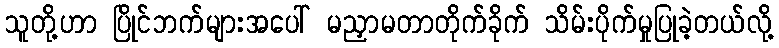
သူတို့ဟာ ပြိုင်ဘက်များအပေါ် မညှာမတာတိုက်ခိုက် သိမ်းပိုက်မှုပြုခဲ့တယ်လို့